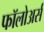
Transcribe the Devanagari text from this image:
फॉलोअर्स